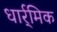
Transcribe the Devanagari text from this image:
धार्र्मिक